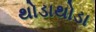
થોડાથોડા